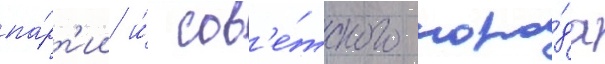
па́рт'ии и́ сов'е́тского наро́да